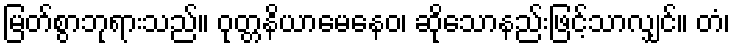
မြတ်စွာဘုရားသည်။ ဝုတ္တနိယာမေနေဝ၊ ဆိုသောနည်းဖြင့်သာလျှင်။ တံ၊